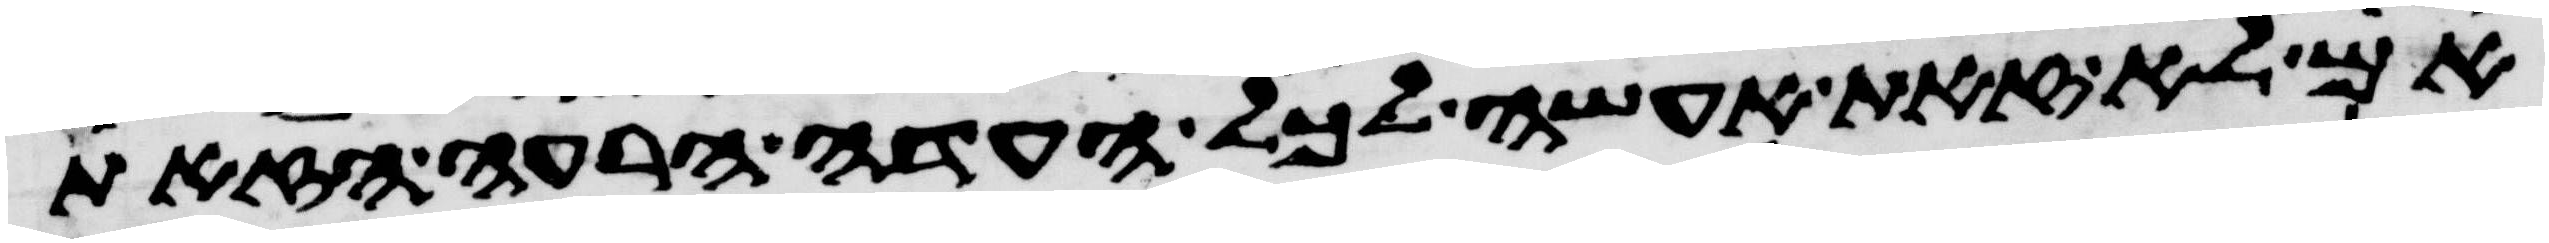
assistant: אם לא זאת אעשה לכל העדה הרעה הזאת